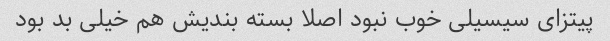
پیتزای سیسیلی خوب نبود اصلا بسته بندیش هم خیلی بد بود